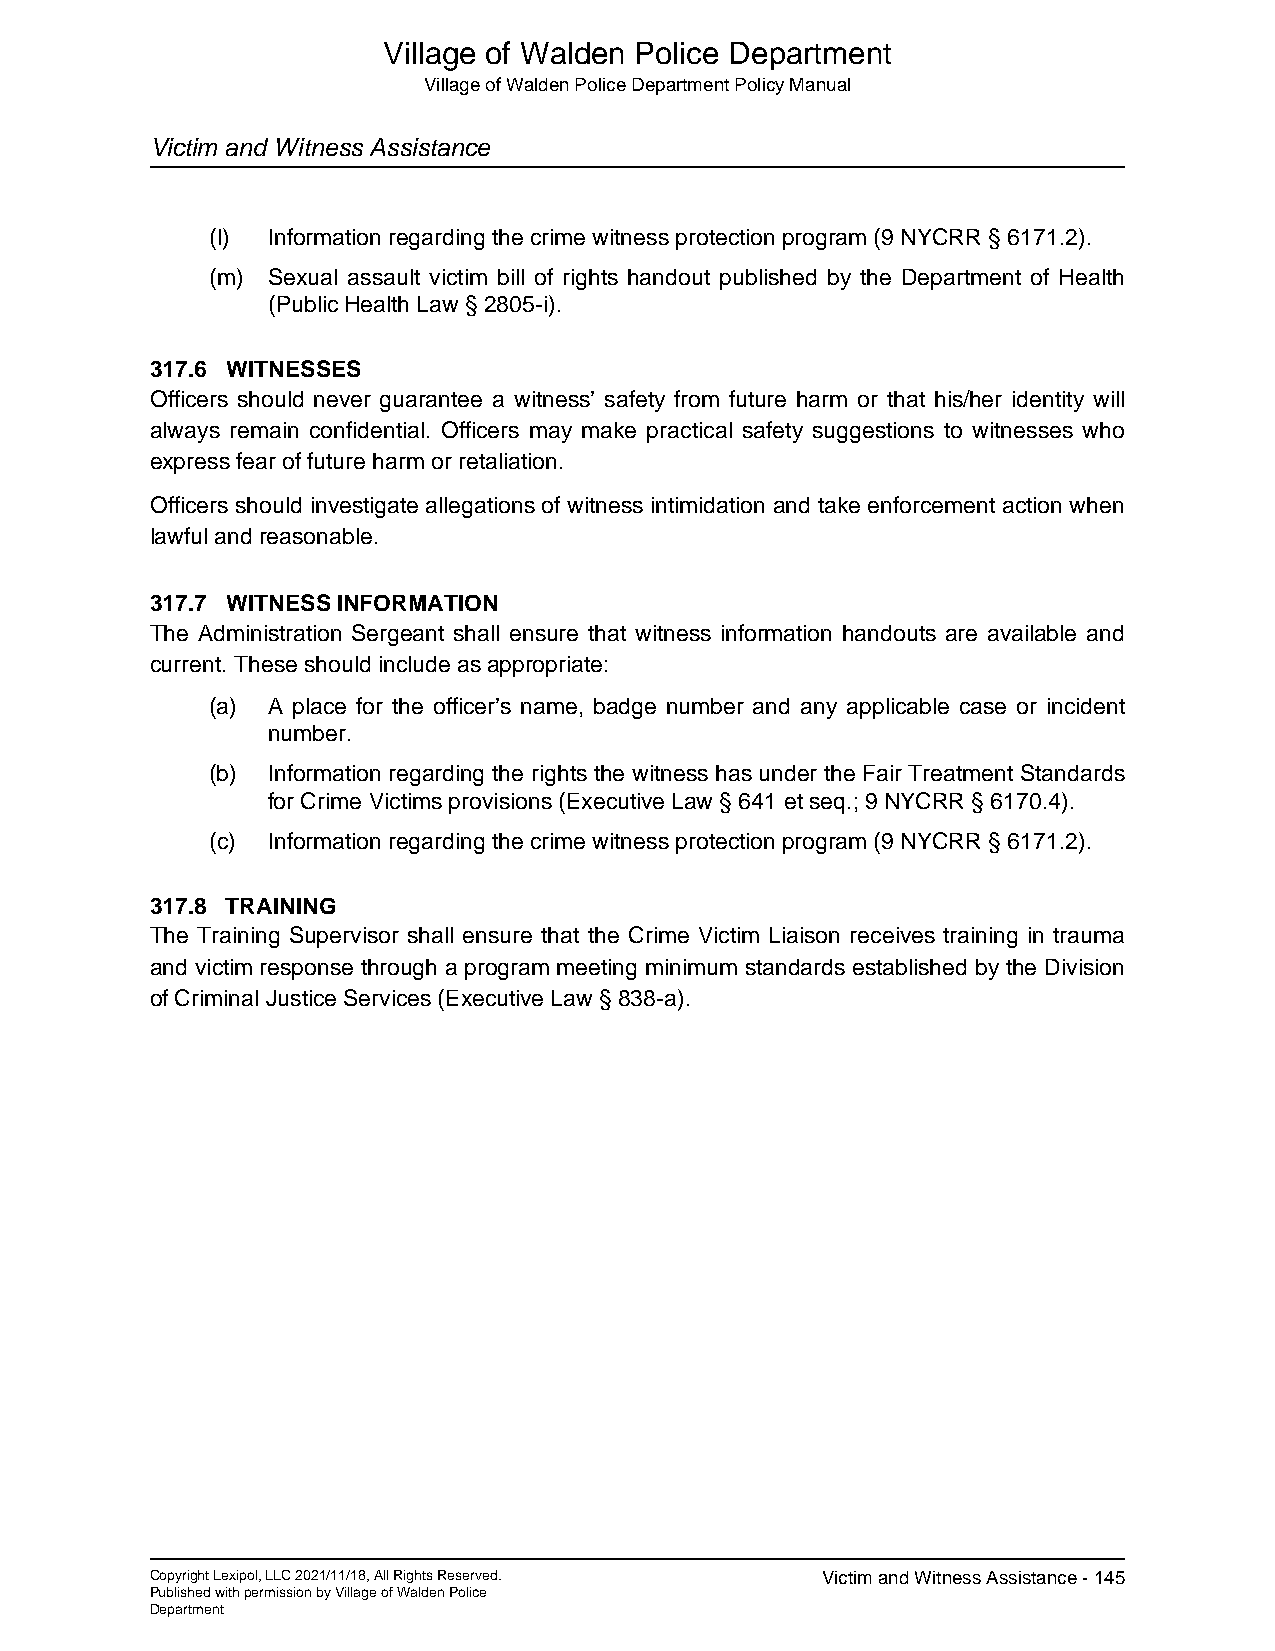
Village of Walden Police Department
 Village of Walden Police Department Policy Manual
 Victim and Witness Assistance
 (l) Information regarding the crime witness protection program (9 NYCRR § 6171.2).
 (m) Sexual assault victim bill of rights handout published by the Department of Health
 (Public Health Law § 2805-i).
 317.6 WITNESSES
 Officers should never guarantee a witness’ safety from future harm or that his/her identity will
 always remain confidential. Officers may make practical safety suggestions to witnesses who
 express fear of future harm or retaliation.
 Officers should investigate allegations of witness intimidation and take enforcement action when
 lawful and reasonable.
 317.7 WITNESS INFORMATION
 The Administration Sergeant shall ensure that witness information handouts are available and
 current. These should include as appropriate:
 (a) A place for the officer’s name, badge number and any applicable case or incident
 number.
 (b) Information regarding the rights the witness has under the Fair Treatment Standards
 for Crime Victims provisions (Executive Law § 641 et seq.; 9 NYCRR § 6170.4).
 (c) Information regarding the crime witness protection program (9 NYCRR § 6171.2).
 317.8 TRAINING
 The Training Supervisor shall ensure that the Crime Victim Liaison receives training in trauma
 and victim response through a program meeting minimum standards established by the Division
 of Criminal Justice Services (Executive Law § 838-a).
 Copyright Lexipol, LLC 2021/11/18, All Rights Reserved. Victim and Witness Assistance - 145
 Published with permission by Village of Walden Police
 Department